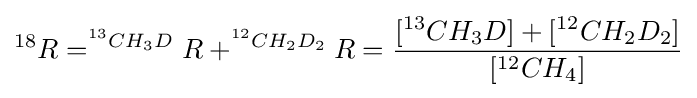
^{18}R=^{^{13}CH_{3}D}R+^{^{12}CH_{2}D_{2}}R={\frac {[^{13}CH_{3}D]+[^{12}CH_{2}D_{2}]}{[^{12}CH_{4}]}}